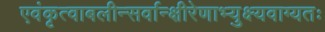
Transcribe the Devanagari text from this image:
एवंकृत्वाबलीन्सर्वान्क्षीरेणाभ्युक्ष्यवाग्यतः